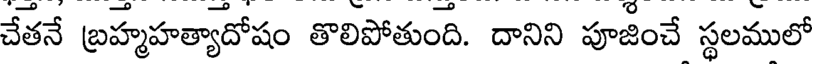
చేతనే బ్రహ్మహత్యాదోషం తొలిపోతుంది. దానిని పూజించే స్థలములో